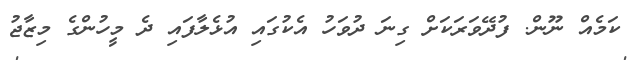
ކަމެއް ނޫން. ފުދޭވަރަކަށް ގިނަ ދުވަހު އެކުގައި އުޅެލާފައި ދެ މީހުންގެ މިޒާޖު